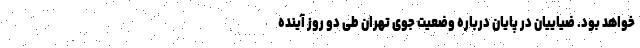
خواهد بود. ضیاییان در پایان درباره وضعیت جوی تهران طی دو روز آینده